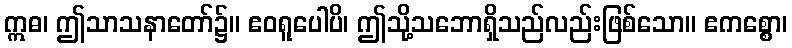
ဣဓ၊ ဤသာသနာတော်၌။ ဧဝရူပေါပိ၊ ဤသို့သဘောရှိသည်လည်းဖြစ်သော။ ဧကစ္စော၊